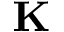
\mathbf { K }